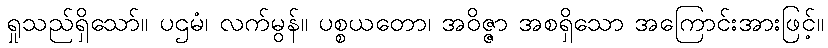
ရှုသည်ရှိသော်။ ပဌမံ၊ လက်မွန်။ ပစ္စယတော၊ အဝိဇ္ဇာ အစရှိသော အကြောင်းအားဖြင့်။